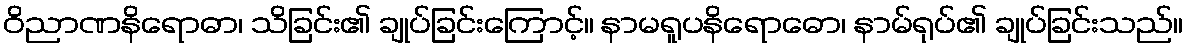
ဝိညာဏနိရောဓာ၊ သိခြင်း၏ ချုပ်ခြင်းကြောင့်။ နာမရူပနိရောဓော၊ နာမ်ရုပ်၏ ချုပ်ခြင်းသည်။